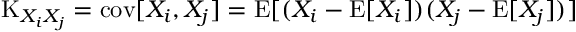
\operatorname { K } _ { X _ { i } X _ { j } } = \operatorname { c o v } [ X _ { i } , X _ { j } ] = \operatorname { E } [ ( X _ { i } - \operatorname { E } [ X _ { i } ] ) ( X _ { j } - \operatorname { E } [ X _ { j } ] ) ]